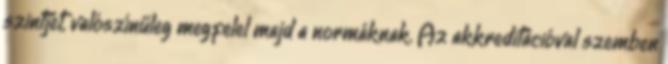
szintjét, valószínűleg megfelel majd a normáknak. Az akkreditációval szemben